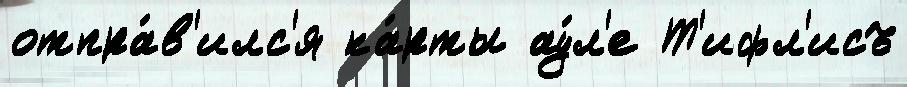
отпра́в'илс'я ка́рты ау́л'е Т'ифл'исъ